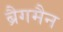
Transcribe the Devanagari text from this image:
ब्रैगमैन